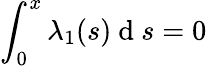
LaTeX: \int_{0}^{x}\lambda_{1}(s)\mathrm{~d~}s=0